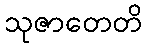
သုဇာတေတိ